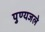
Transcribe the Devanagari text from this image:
पुण्यजले